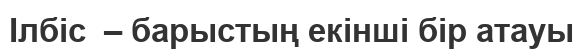
Ілбіс  – барыстың екінші бір атауы